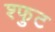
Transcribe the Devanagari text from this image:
श्फुट